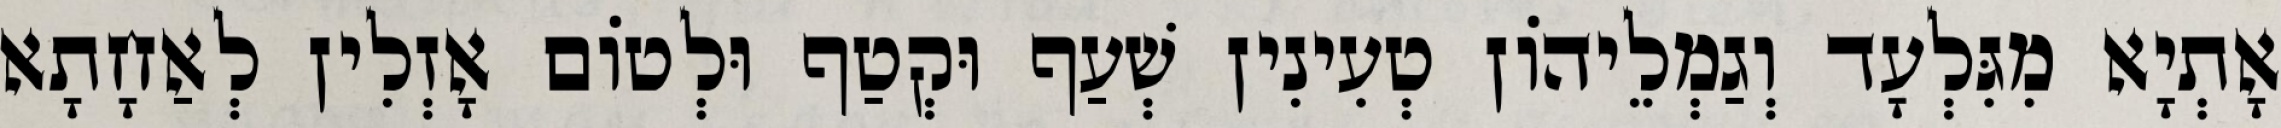
אָתְיָא מִגִּלְעָד וְגַמְלֵיהוֹן טְעִינִין שְׁעַף וּקְטַף וּלְטוֹם אָזְלִין לְאַחָתָא